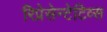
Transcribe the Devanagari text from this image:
रिप्रेसेन्टेटिव्स